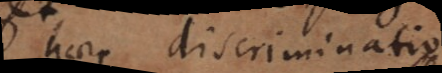
haec discriminatio